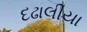
દઢાલીયા